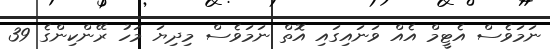
ނަމަވެސް އެޓީމް އެއް ވަނައިގައި އޮތް ނަމަވެސް މިދިޔަ މަހު ރޭންކިންގެ 39